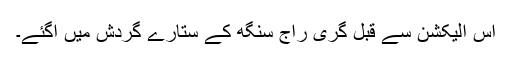
اس الیکشن سے قبل گری راج سنگھ کے ستارے گردش میں آگئے۔